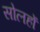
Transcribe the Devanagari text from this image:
सोलहों